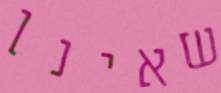
שאינן